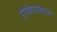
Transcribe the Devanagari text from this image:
एफेराल्गन